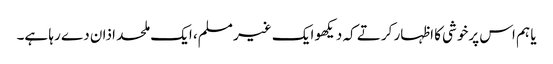
یا ہم اس پرخوشی کا اظہار کرتے کہ دیکھو ایک غیر مسلم، ایک ملحد اذان دے رہا ہے۔